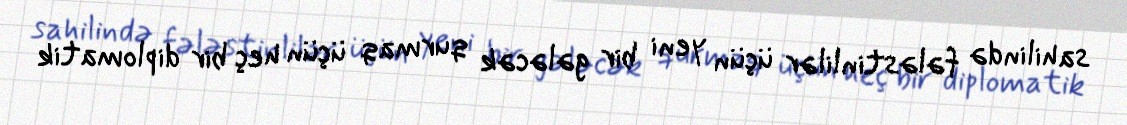
sahilində fələstinlilər üçün yeni bir gələcək qurmaq üçün heç bir diplomatik